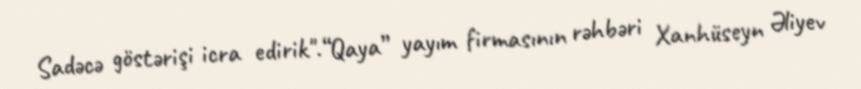
Sadəcə göstərişi icra edirik".“Qaya” yayım firmasının rəhbəri Xanhüseyn Əliyev